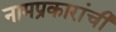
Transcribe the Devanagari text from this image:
नामप्रकारांची